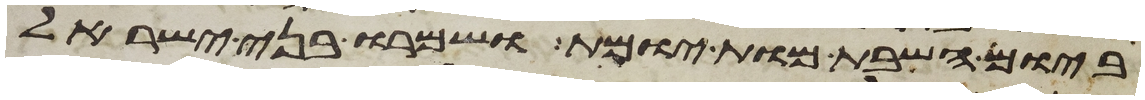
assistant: ביום השבת מות יומת ושמרו בני ישראל